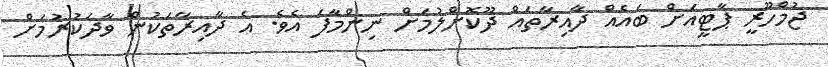
ޖުމްހޫރީ ޕާޓީއަށް ބައެއް ދާއިރާތައް ދޫކޮށްލުމަށް ނިންމާފަ އެވެ. އެ ދާއިރާތަކުން ވާދަކުރުމަށް